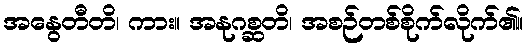
အနွေတီတိ၊ ကား။ အနုဂစ္ဆတိ၊ အစဉ်တစ်စိုက်လိုက်၏။